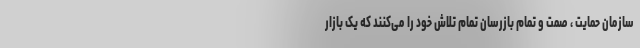
سازمان حمایت ، صمت و تمام بازرسان تمام تلاش خود را می‌کنند که یک بازار